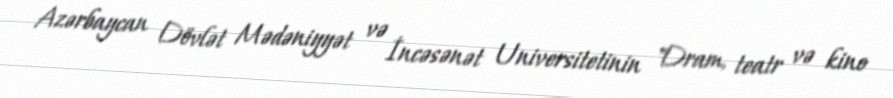
Azərbaycan Dövlət Mədəniyyət və İncəsənət Universitetinin "Dram, teatr və kino